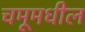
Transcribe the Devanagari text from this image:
चमूमधील